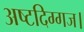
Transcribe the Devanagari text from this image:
अष्टदिग्गज।